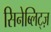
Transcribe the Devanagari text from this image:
सिनेब्लिट्ज़